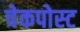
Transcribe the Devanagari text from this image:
चेकपोस्‍ट